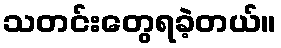
သတင်းတွေရခဲ့တယ်။